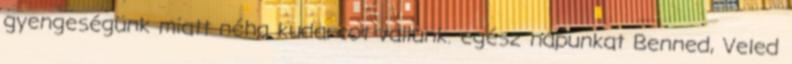
gyengeségünk miatt néha kudarcot vallunk. egész napunkat Benned, Veled